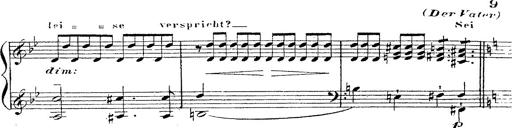
Title: 12 Lieder von Franz Schubert
Composer: Franz Liszt